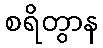
စရိတွာန